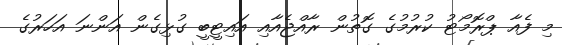
މި ފެއާ ޕްރޮމޯޓު ކުރުމުގެ ގޮތުން ރާއްޖެއާއި އައިޓީބީ ގުޅިގެން އަންނަ އަހަރުގެ